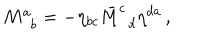
LaTeX: M _ { \, \, \, b } ^ { a } = - \eta _ { b c } \bar { M } _ { \, \, \, d } ^ { c } \eta ^ { d a } \, ,